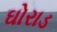
ઘોરાડ